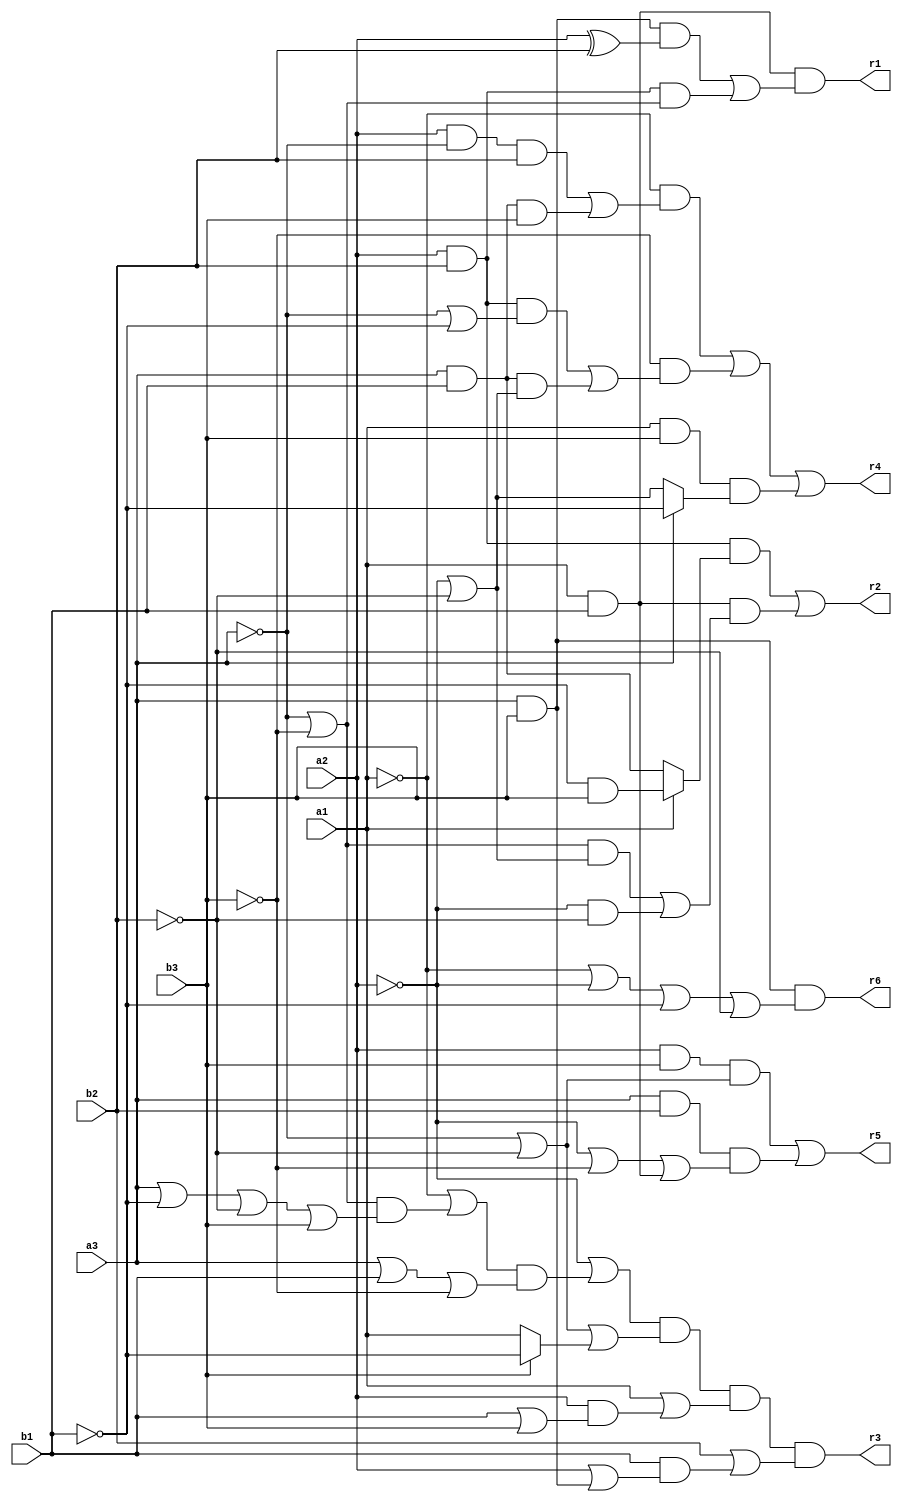
// Benchmark "mult_3x3_out" written by ABC on Mon May 30 03:58:07 2022

module mult_3x3 ( 
    a1, a2, a3, b1, b2, b3,
    r1,r2,r3,r4,r5,r6  );
  input  a1, a2, a3, b1, b2, b3;
  output r1,r2,r3,r4,r5,r6;
  assign r1 = a1 & b1 & ((a3 & b3 & (a2 ^ b2)) | (a2 & b2 & (~a3 | ~b3)));
  assign r2 = (a2 & b2 & (a1 ? (~b1 & b3) : (a3 & b1))) | (a1 & b1 & (((~a3 | ~b3) & (~a2 | ~b2)) | (~a2 & ~b2)));
  assign r3 = (~a2 | ((~a1 | ((~a3 | ~b3) & (a3 | ~b1 | ~b2 | b3))) & (a3 | b1 | ~b3))) & (~a3 | ~b2 | (b3 ? ~b1 : a1)) & (a1 | (a2 & (b1 | b3))) & (b2 | (b1 & (a2 | (a3 & b3))));
  assign r4 = (~a1 & ((a2 & ~a3 & b2) | (a3 & b1 & b3))) | (~b3 & ((a2 & b2 & (~a3 | ~b1)) | (a3 & b1 & (~a2 | ~b2)))) | (a1 & b3 & (a3 ? ~b1 : (~a2 | ~b2)));
  assign r5 = (a2 & b3 & (~a3 | ~b2)) | (a3 & b2 & (~a2 | ~b3 | (a1 & b1)));
  assign r6 = b3 & a3 & (~a1 | ~a2 | ~b1 | ~b2);
endmodule